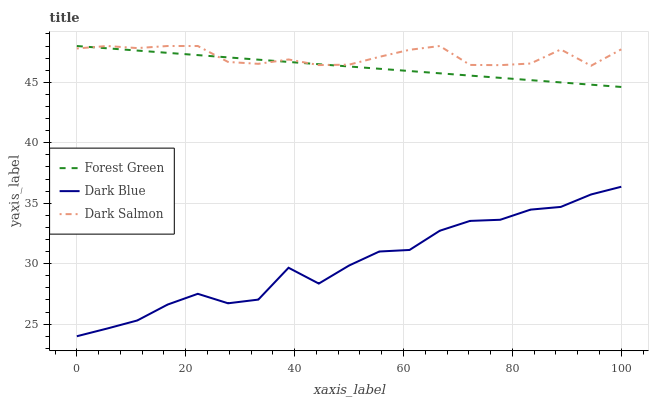
| xaxis_label | Forest Green | Dark Blue | Dark Salmon |
 | --- | --- | --- | --- |
 | 0 | 48 | 24 | 47.8 |
 | 5.56 | 47.8 | 24.6 | 48 |
 | 11.1 | 47.6 | 25.3 | 47.8 |
 | 16.7 | 47.4 | 26.6 | 48 |
 | 22.2 | 47.2 | 27.5 | 48 |
 | 27.8 | 47.1 | 26.7 | 46.7 |
 | 33.3 | 46.9 | 27 | 46.5 |
 | 38.9 | 46.7 | 29.7 | 46.9 |
 | 44.4 | 46.5 | 28.4 | 46.4 |
 | 50 | 46.3 | 29.8 | 46.5 |
 | 55.6 | 46.1 | 31 | 47.1 |
 | 61.1 | 45.9 | 31.1 | 47.7 |
 | 66.7 | 45.7 | 32.7 | 48 |
 | 72.2 | 45.6 | 33.5 | 46.4 |
 | 77.8 | 45.4 | 33.6 | 46.4 |
 | 83.3 | 45.2 | 34.5 | 46.6 |
 | 88.9 | 45 | 34.7 | 47.7 |
 | 94.4 | 44.8 | 35.7 | 46.4 |
 | 100 | 44.6 | 36.4 | 47.7 |